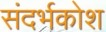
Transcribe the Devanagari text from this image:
संदर्भकोश